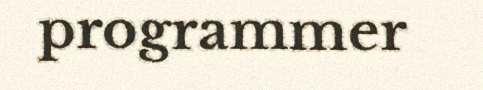
programmer